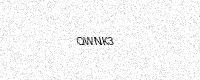
Text: QWNK3